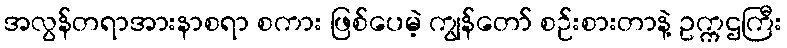
အလွန်တရာအားနာစရာ စကား ဖြစ်ပေမဲ့ ကျွန်တော် စဉ်းစားတာနဲ့ ဥက္ကဌကြီး